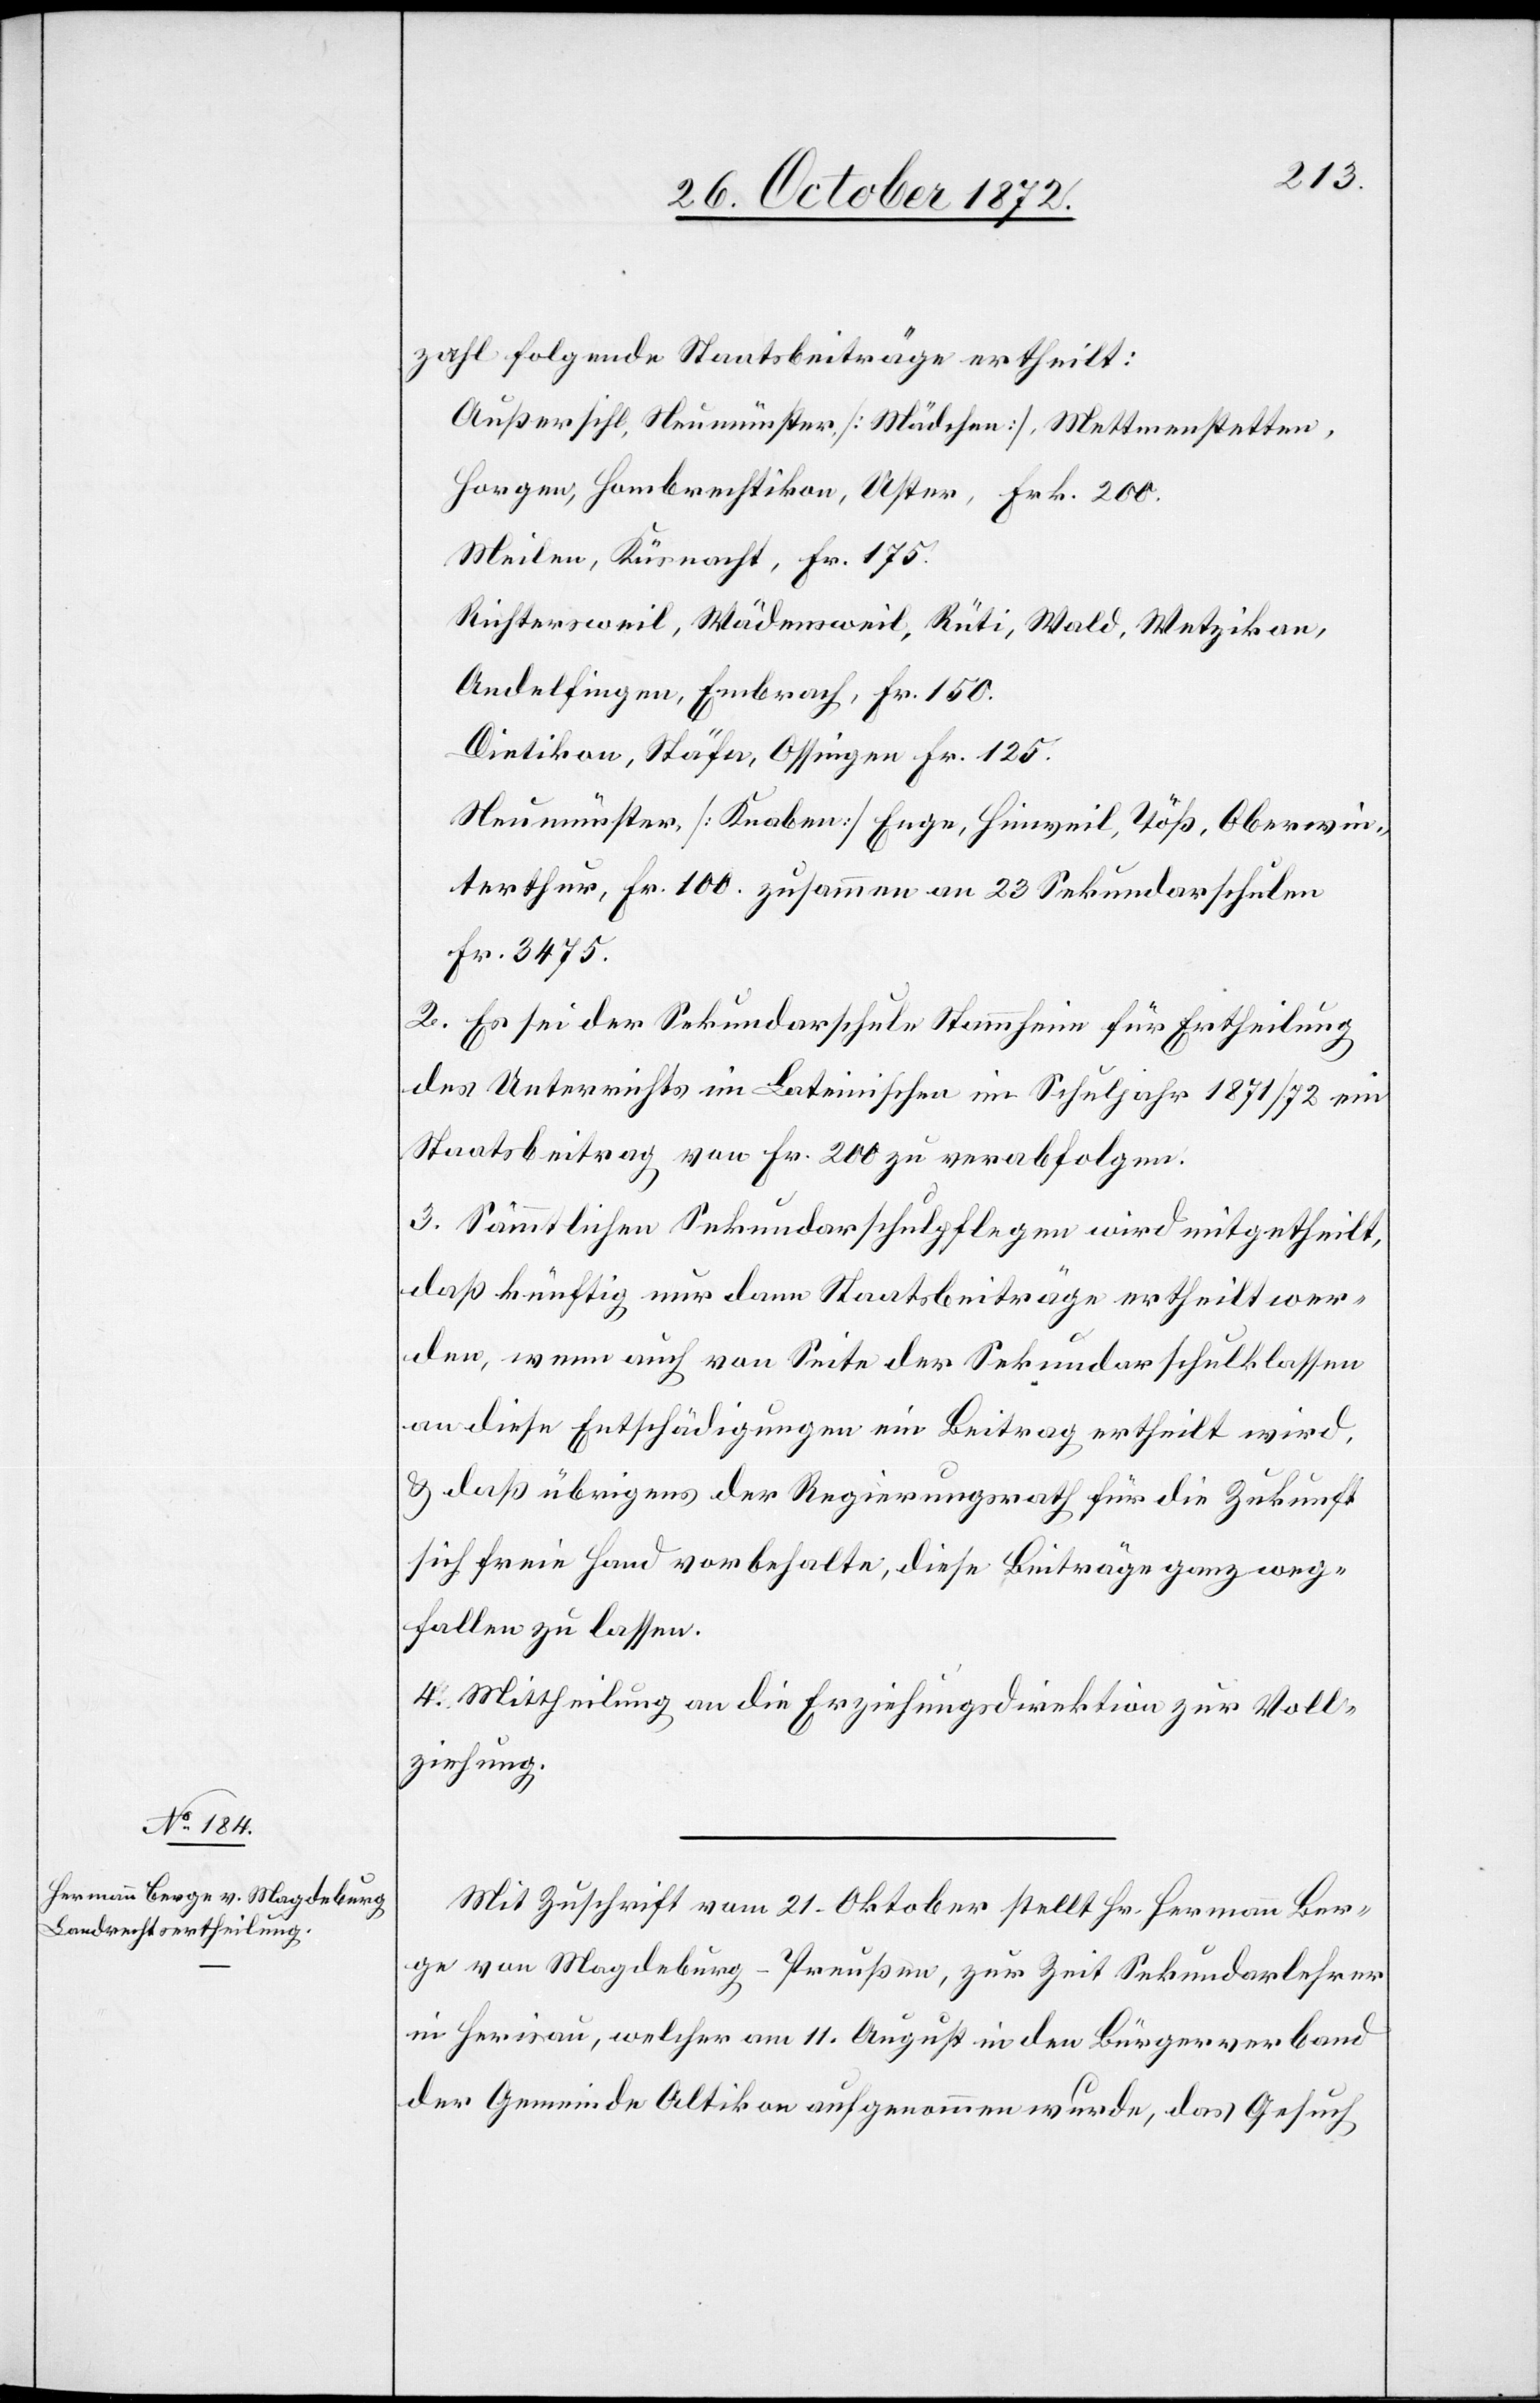
zahl folgende Staatsbeiträge ertheilt:
Außersihl, Neumünster, [Mädchen], Mettmenstetten,
Horgen Hombrechtikon, Uster, Frk. 200.
Meilen, Küsnacht, Fr. 175.
Richtersweil, Wädensweil, Rüti, Wald, Wetzikon,
Andelfingen, Embrach, Fr. 150.
Dietikon, Stäfa, Ossingen Fr. 125.
Neumünster, [Knaben] Enge, Hinweil, Töß, Oberwin¬
terthur, Fr. 100. zusammen an 23 Sekundarschulen
Fr. 2375.
2. Es sei der Sekundarschule Stammheim für Ertheilung
des Unterrichts im Lateinischen im Schuljahr 1871/72 ein
Staatsbeitrag von Fr. 200 zu verabfolgen.
3. Sämmtlichen Sekundarschulpflege wird mitgetheilt,
daß künftig nur dann Staatsbeiträge ertheilt wer¬
den, wenn auch von Seite der Sekundarschulklassen
an diese Entschädigungen ein Beitrag ertheilt wird,
u. daß übrigens der Regierungsrath für die Zukunft
sich freie Hand vorbehalte, diese Beiträge ganz weg¬
fallen zu lassen.
4. Mittheilung an die Erziehungsdirektion zur Voll¬
ziehung.
Mit Zuschrift vom 21. Oktober stellt Hr. Hermann Ber¬
ge von Magdeburg-Preußen, zur Zeit Sekundarlehrer
in Herisau, welcher am 11. August in den Bürgerverband
der Gemeinde Altikon aufgenommen wurde, das Gesuch